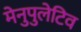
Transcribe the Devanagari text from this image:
मेनुपुलेटिव